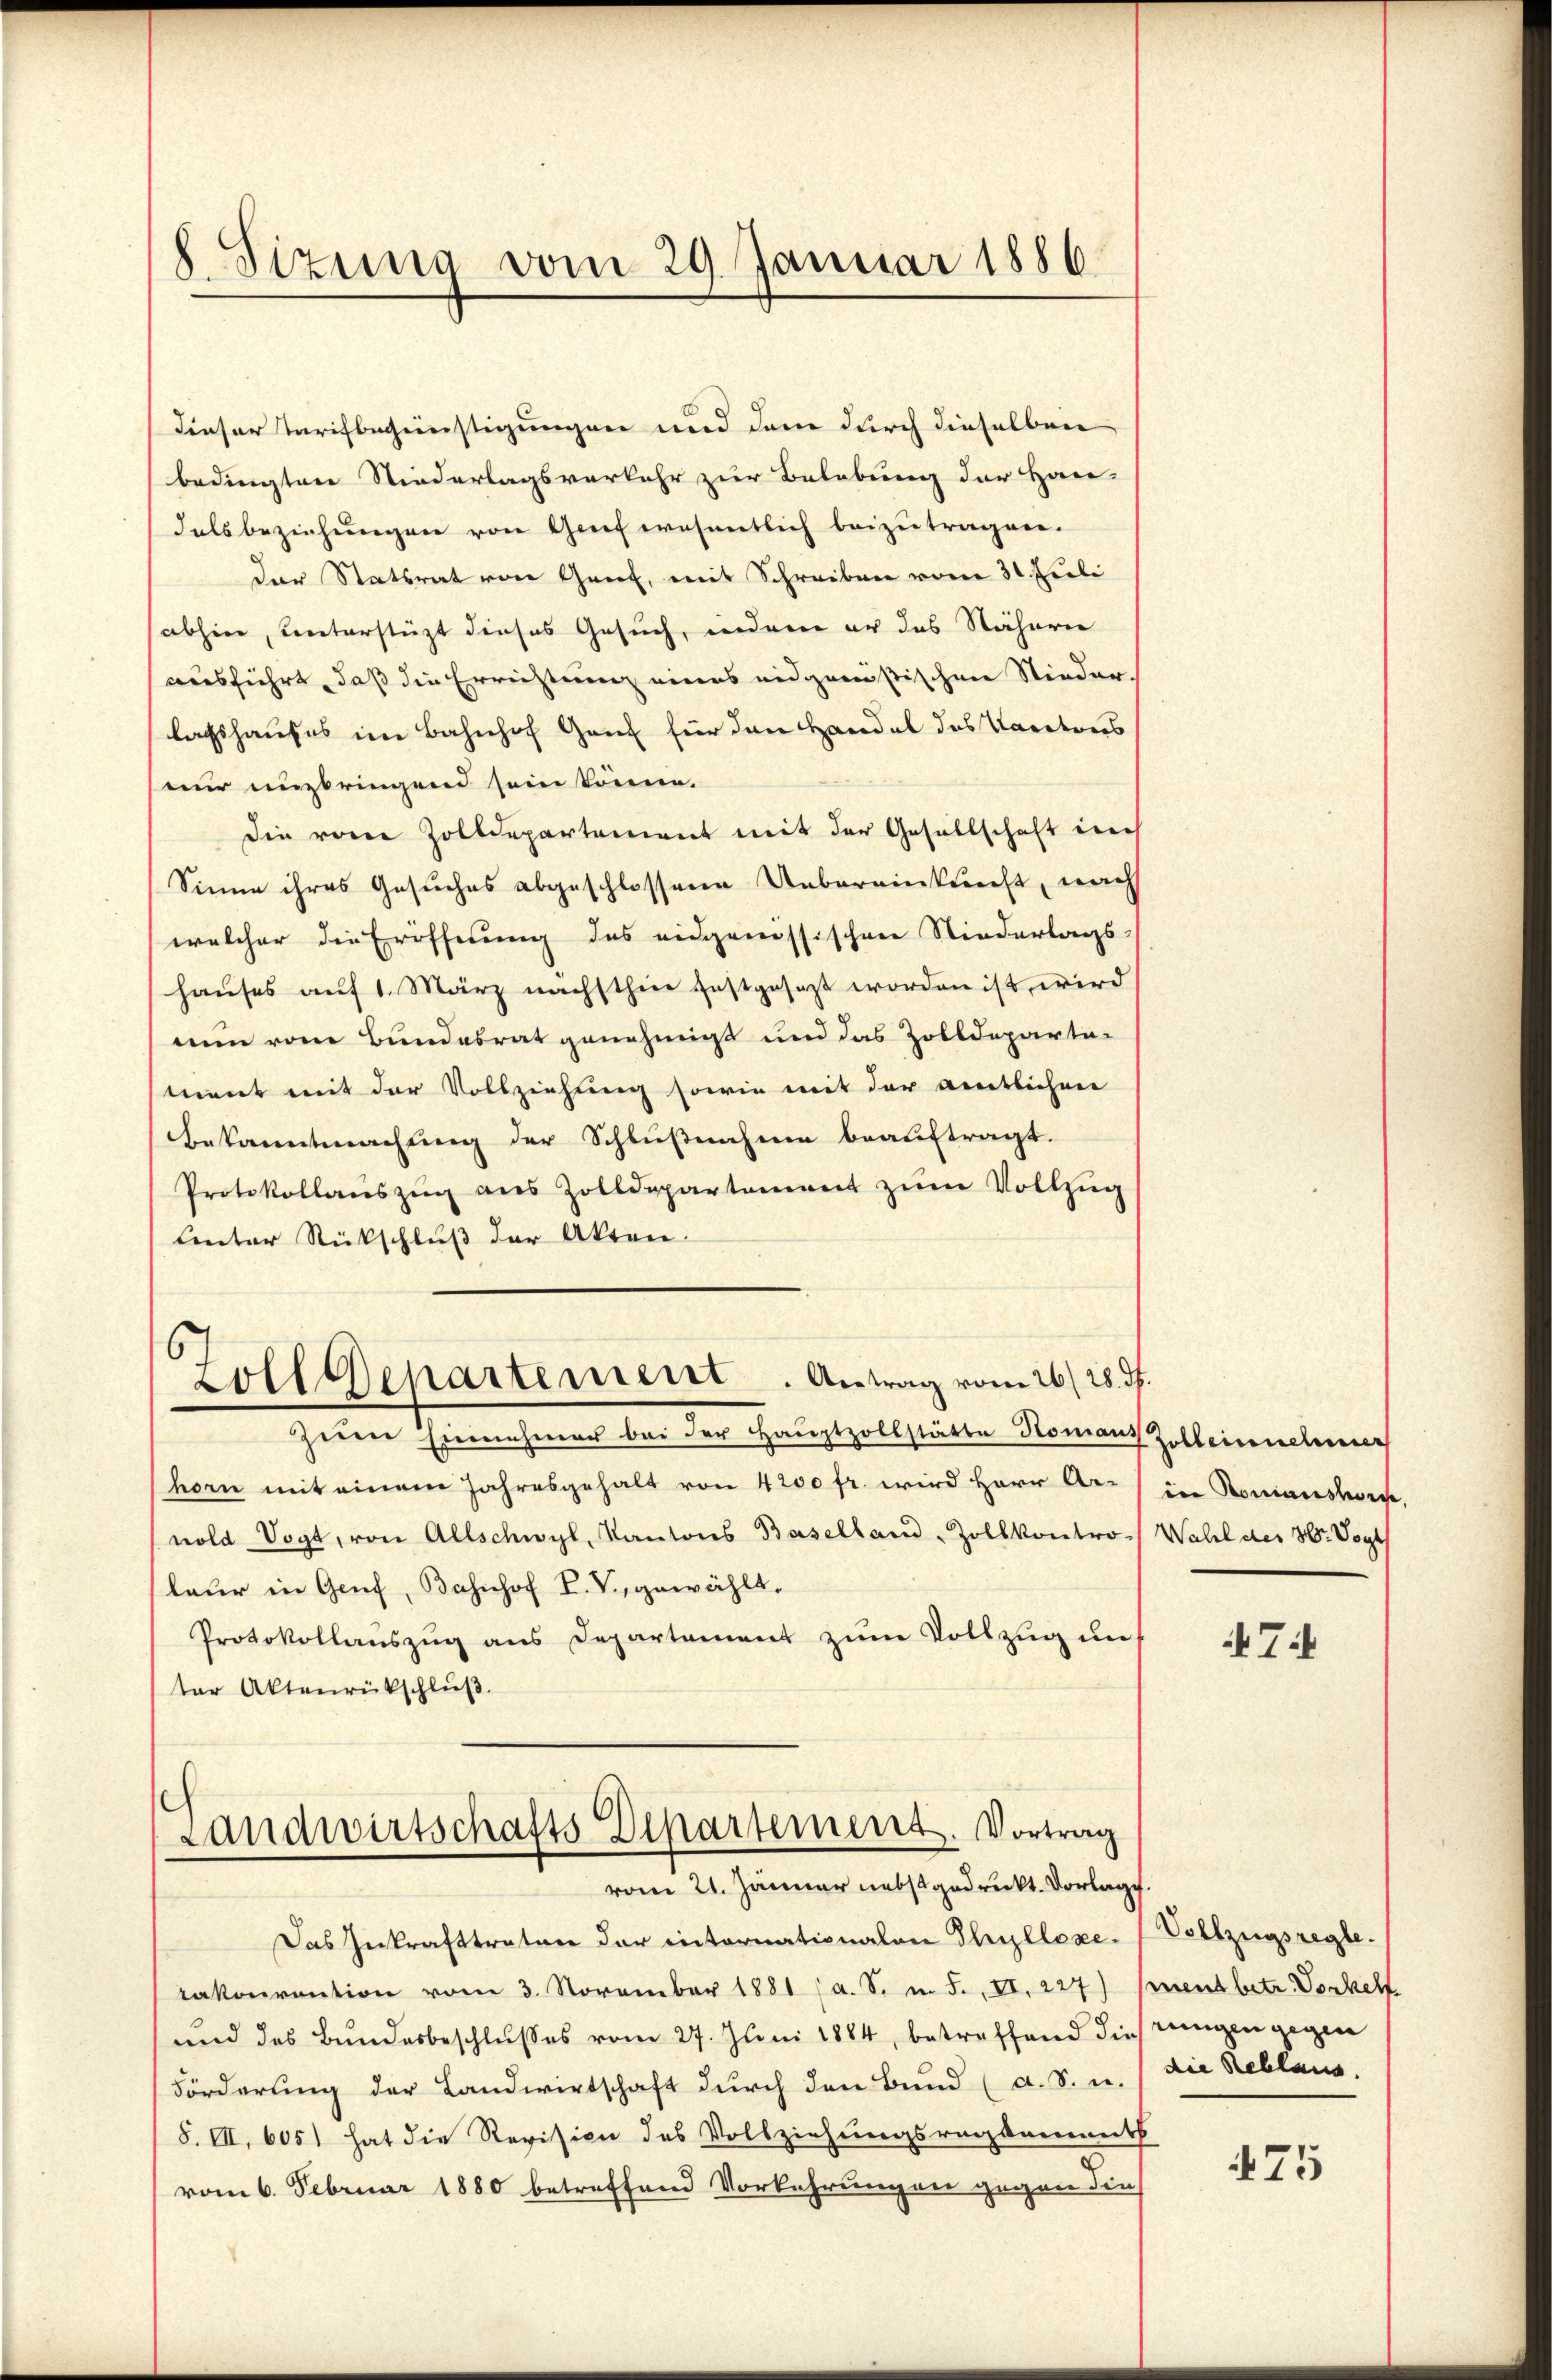
Sizung vom 29. Januar 1886.

dieser Tarifbegünstigungen und dem durch dieselben
bedingten Niederlagsverkehr zur Belebung der Han-
dalsbeziehungen von Genf wesentlich beizutragen.
der Statsrat von Genf, mit Schreiben vom 31. Fili
(abhin, unterstützt dieses Gesuch, indem er das Nähere
ausführt, daß die Errichtung eines eidgenößischen Nieder-
lachshauses im Bahnhof Genf für den Handel des Tarators
nur unzbringend sein könne.
die von Zolldepartement mit der Gesellschaft inc
Sinne ihres Gesuches abgeschlossene Uebereinkunft, nach
welcher die Eröffnung des eidgenössischen Niederlags-
hauses auf 1. März nächsthier festgesezt worden ist, wird
nun vom Bundesrat genehmigt und das Zolldeparte-
ment mit der Vollziehung sowie mit der amtlichen
Bekanntmachung der Schlußnahme beauftragt.
Protokollaŭszŭg ans Zolldepartement zŭm Vollzug
linter Rückschluß der Akten.
Zolldepartement. Antrag vom 26. 28. ds.
zeien Einnehmer bei der Hauptzollstätte Komans Zelleinnehmer
hor mit einem Jahresgehalt von 4200 fr. wird Herr Ar-
nold Vogt, von Allschwyl, Kantons Baselland-Zollkontro-) Wahl der Hr. Vogt
laur in Genf, Bahnhof I. Vergewählt.
Protokollauszug aus Departement zum Vollzug uns
ter Aktenrückschluß.
Landwirtschafts Departement. Vortrag
vom 21. Jänner nebst gedruckt. Vorlag.
Das Inkrafttreten der intornationalen Theillezelakonvention vom 3. November 1881 (a. S. i. F. II. 227) Inentbetr. Vorkell
und das Bundesbeschlußes vom 27. Juni 1884, betreffend dies reinigen gegen
Förderung der Landwirtschaft durch den Bund (a. S. u.
S. III. 605) hat die Revision des Vollziehungsregsaments
vom 6. Februar 1880 betreffend Vorkehrungen gegen die

ine Konianskirc

7

Vollzugsregle.
die Reblaus.

475